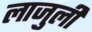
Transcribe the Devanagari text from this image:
लाजुली